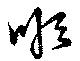
順